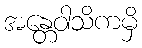
အန္တေဝါသိကမှိ